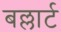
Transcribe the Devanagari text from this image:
बल्लार्ट